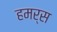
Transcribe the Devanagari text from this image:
हमर्स